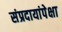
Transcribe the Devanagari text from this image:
संप्रदायांपेक्षा